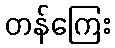
တန်ကြေး